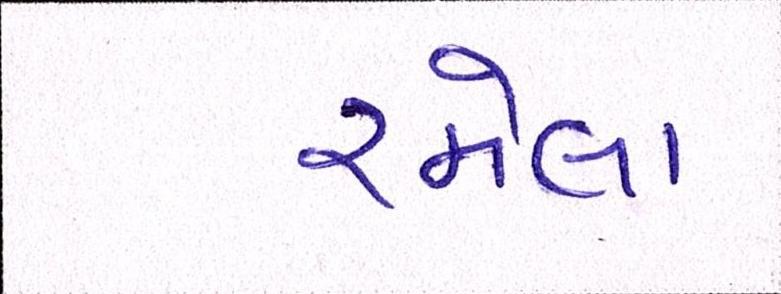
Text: રમેલા